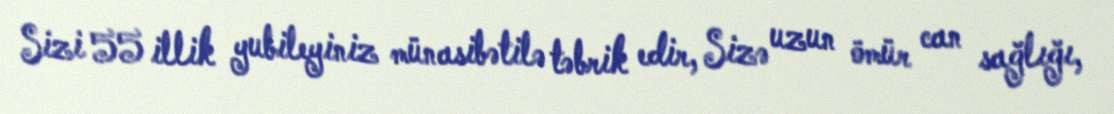
Sizi 55 illik yubileyiniz münasibətilə təbrik edir, Sizə uzun ömür can sağlığı,